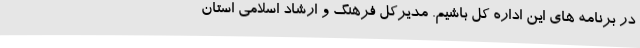
در برنامه های این اداره کل باشیم. مدیرکل فرهنگ و ارشاد اسلامی استان